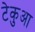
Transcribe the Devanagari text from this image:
टेकुआ